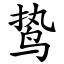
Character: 鸷